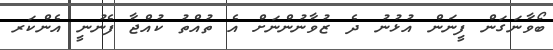
ބޯވާނަގަން ފީނަން އުޅުނު ދެ ޒުވާނުންނަށް އެ ތުއްތު ކުއްޖާ ފެނުނީ އެންކަރ